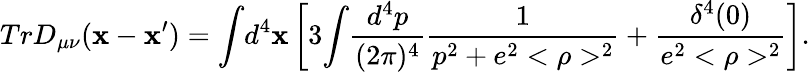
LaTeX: TrD_{\mu\nu}(\mathbf{x}-\mathbf{x}^{\prime})={\int}d^{4}\mathbf{x}\left[3{\int}\frac{{d^{4}p}}{{(2\pi)^{4}}}\frac{{1}}{{p^{2}+e^{2}<\rho>^{2}}}+\frac{{\delta^{4}(0)}}{{e^{2}<\rho>^{2}}}\right].